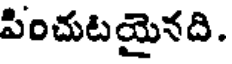
పించుటయైనది.